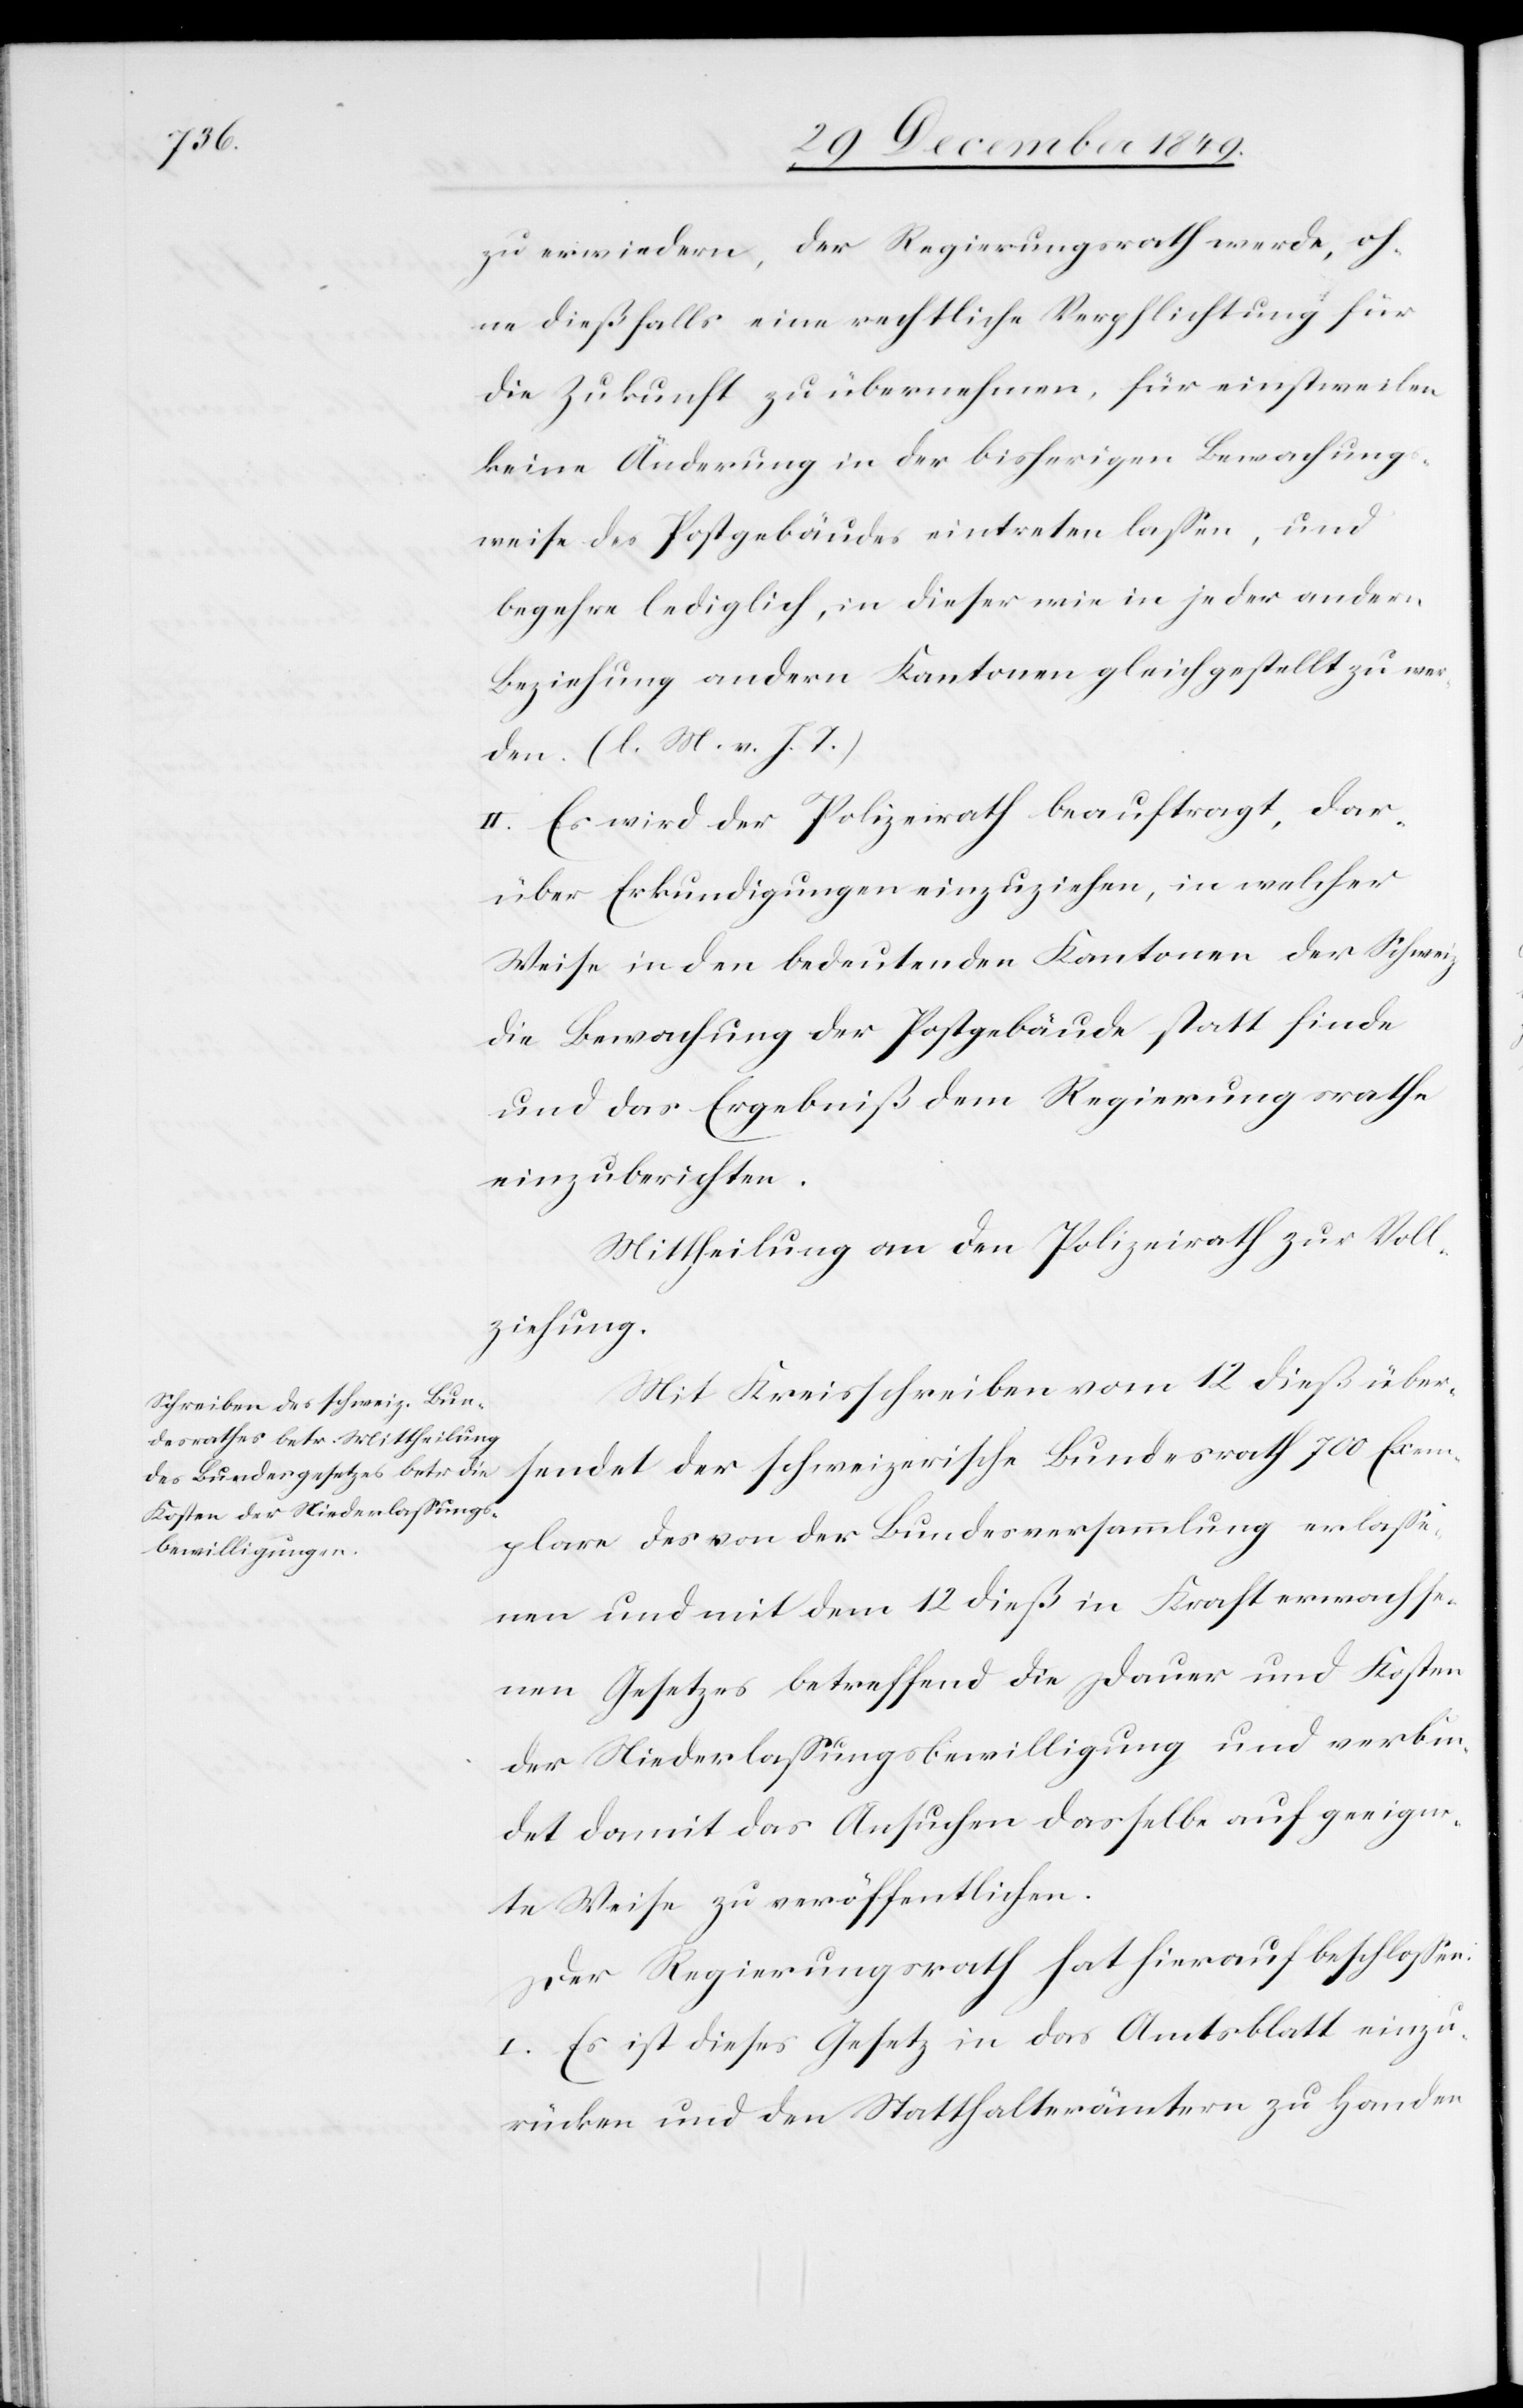
zu erwiedern, der Regierungsrath werde, oh¬
ne dießfalls eine rechtliche Verpflichtung für
die Zukunft zu übernehmen, für einstweilen
keine Änderung in der bisherigen Bewachung¬
sweise des Postgebäudes eintreten laßen, und
begehre lediglich, in dieser wie in jeder andern
Beziehung andern Kantonen gleichgestellt zu wer¬
den. [l. M. v. h. T]
II. Es wird der Polizeirath beauftragt, dar¬
über Erkundigungen einzuziehen, in welcher
Weise in den bedeutenden Kantonen der Schweiz
die Bewachung der Postgebäude statt finde
und das Ergebniß dem Regierungsrathe
einzuberichten.
Mittheilung an den Polizeirath zur Voll¬
ziehung.
Mit Kreisschreiben vom 12 dieß über¬
sendet der schweizerische Bundesrath 700 Exem¬
plare des von der Bundesversammlung erlaße¬
nen und mit dem 12 dieß in Kraft erwachse¬
nen Gesetzes betreffend die Dauer und Kosten
der Niederlaßungsbewilligung und verbin¬
det damit das Ansuchen dasselbe auf geeigne¬
te Weise zu veröffentlichen.
Der Regierungsrath hat hierauf beschloßen:
I. Es ist dieses Gesetz in das Amtsblatt einzu¬
rücken und den Statthalterämtern zu Handen